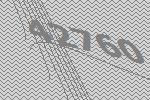
42760